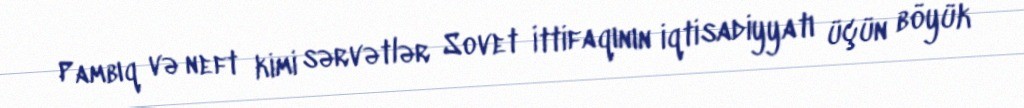
Pambıq və neft kimi sərvətlər Sovet İttifaqının iqtisadiyyatı üçün böyük